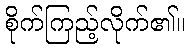
စိုက်ကြည့်လိုက်၏။